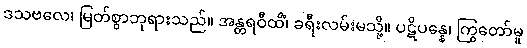
ဒသဗလေ၊ မြတ်စွာဘုရားသည်။ အန္တရဝီထိံ၊ ခရီးလမ်းမသို့။ ပဋိပန္နေ၊ ကြွတော်မူ